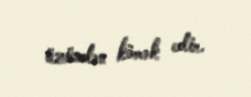
üzündən kömək edir.